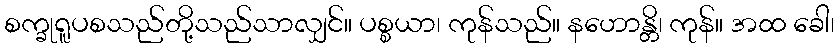
စက္ခုရူပစသည်တို့သည်သာလျှင်။ ပစ္စယာ၊ ကုန်သည်။ နဟောန္တိ၊ ကုန်။ အထ ခေါ၊